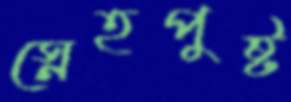
স্নেহপুষ্ট